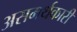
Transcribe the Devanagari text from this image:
असमर्थकारी